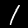
Digit: 1